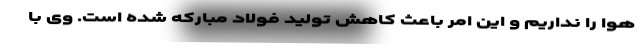
هوا را نداریم و این امر باعث کاهش تولید فولاد مبارکه شده است. وی با